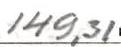
149,31